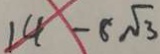
1 4 - 8 \sqrt { 3 }